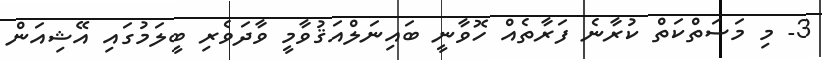
3- މި މަސަތްކަތް ކުރާނެ ފަރާތެއް ހޮވާނީ ބައިނަލްއަޤުވާމީ ވާދަވެރި ބީލަމުގައި އޭޝިއަން